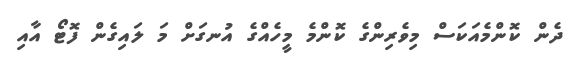
ދެން ކޮންމެއަކަސް މިވެރިންގެ ކޮންމެ މީހެއްގެ އުނގަށް މަ ލައިގެން ފޮޓޯ އާއި